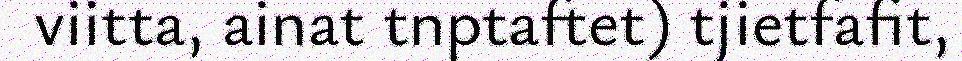
viitta, ainat tnptaftet) tjietfafit,